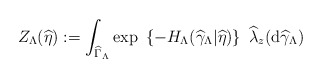
\begin{align*}Z_{\Lambda }(\widehat{\eta }):=\int_{\widehat{\Gamma }_{\Lambda }}\mathrm{exp}~\left\{ -H_{\Lambda }(\widehat{\gamma }_{\Lambda }|\widehat{\eta })\right\} \ \widehat{\lambda }_z(\mathrm{d}\widehat{\gamma }_{\Lambda })\end{align*}